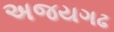
અજયગઢ